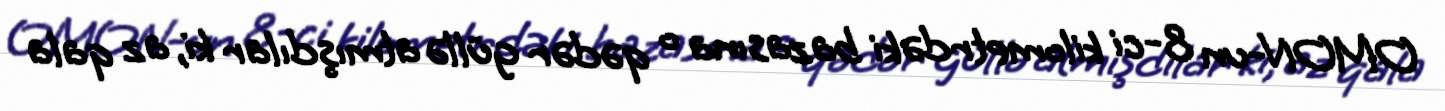
OMON-un 8-ci kilometrdəki bazasına o qədər güllə atmışdılar ki, az qala